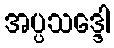
အပ္ပသဒ္ဒေါ